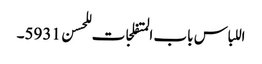
اللباس باب المتفلجات للحسن 5931۔